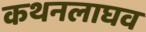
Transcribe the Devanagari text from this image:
कथनलाघव